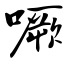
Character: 噘